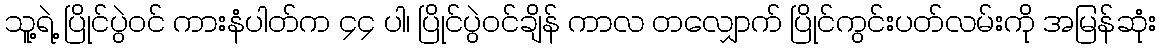
သူ့ရဲ့ ပြိုင်ပွဲဝင် ကားနံပါတ်က ၄၄ ပါ၊ ပြိုင်ပွဲဝင်ချိန် ကာလ တလျှောက် ပြိုင်ကွင်းပတ်လမ်းကို အမြန်ဆုံး